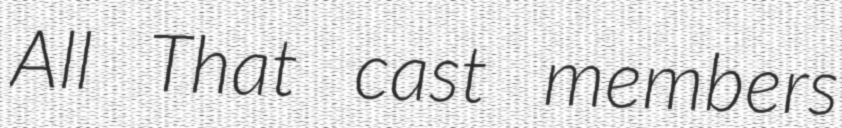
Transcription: All That cast members